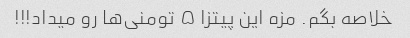
خلاصه بگم. مزه این پیتزا ۵ تومنی‌ها رو میداد!!!